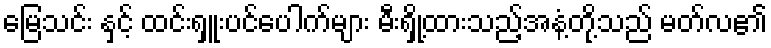
မြေသင်း နှင့် ထင်းရှူးပင်ပေါက်များ မီးရှို့ထားသည့်အနံ့တို့သည် မတ်လ၏